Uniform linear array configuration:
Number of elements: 4
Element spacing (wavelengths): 0.75
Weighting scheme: blackman
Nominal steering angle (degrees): -15
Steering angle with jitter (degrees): -16.501
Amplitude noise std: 0.05
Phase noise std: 0.05

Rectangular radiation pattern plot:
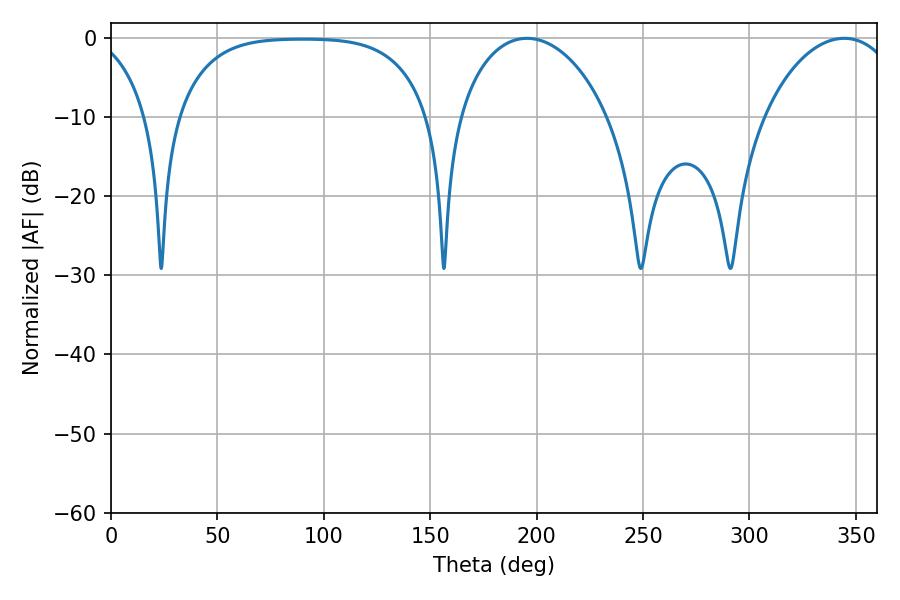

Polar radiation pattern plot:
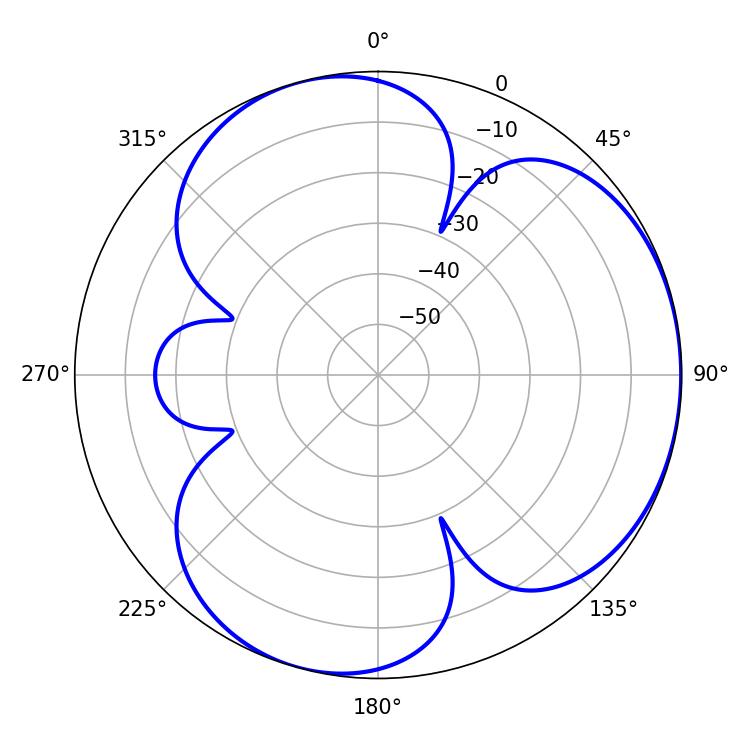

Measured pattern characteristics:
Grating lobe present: TRUE
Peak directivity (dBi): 3.765
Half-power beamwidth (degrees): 40.5
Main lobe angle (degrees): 195.48